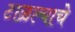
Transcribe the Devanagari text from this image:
टाळल्याचे